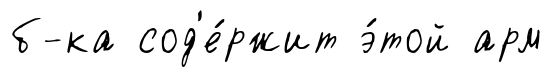
б-ка сод'е́ржит э́той арм